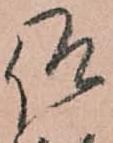
仰